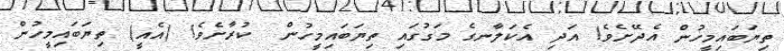
ތިޔަބައިމީހުން އެދޭށެވެ! އަދި އެކަލާނގެ މަގުގައި ތިޔަބައިމީހުން  ކުރާށެވެ! (އެއީ) ތިޔަބައިމީހުން